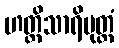
ဟတ္ထိသာရိပုတ္တံ